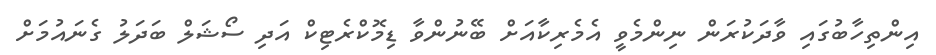
އިންތިހާބުގައި ވާދަކުރަން ނިންމެވީ އެމެރިކާއަށް ބޭނުންވާ ޑިމޮކްރެޓިކް އަދި ސޯޝަލް ބަދަލު ގެނައުމަށް